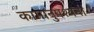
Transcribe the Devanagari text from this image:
कामानुपश्यना